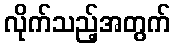
လိုက်သည့်အတွက်